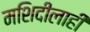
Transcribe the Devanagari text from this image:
मशिदीलाही